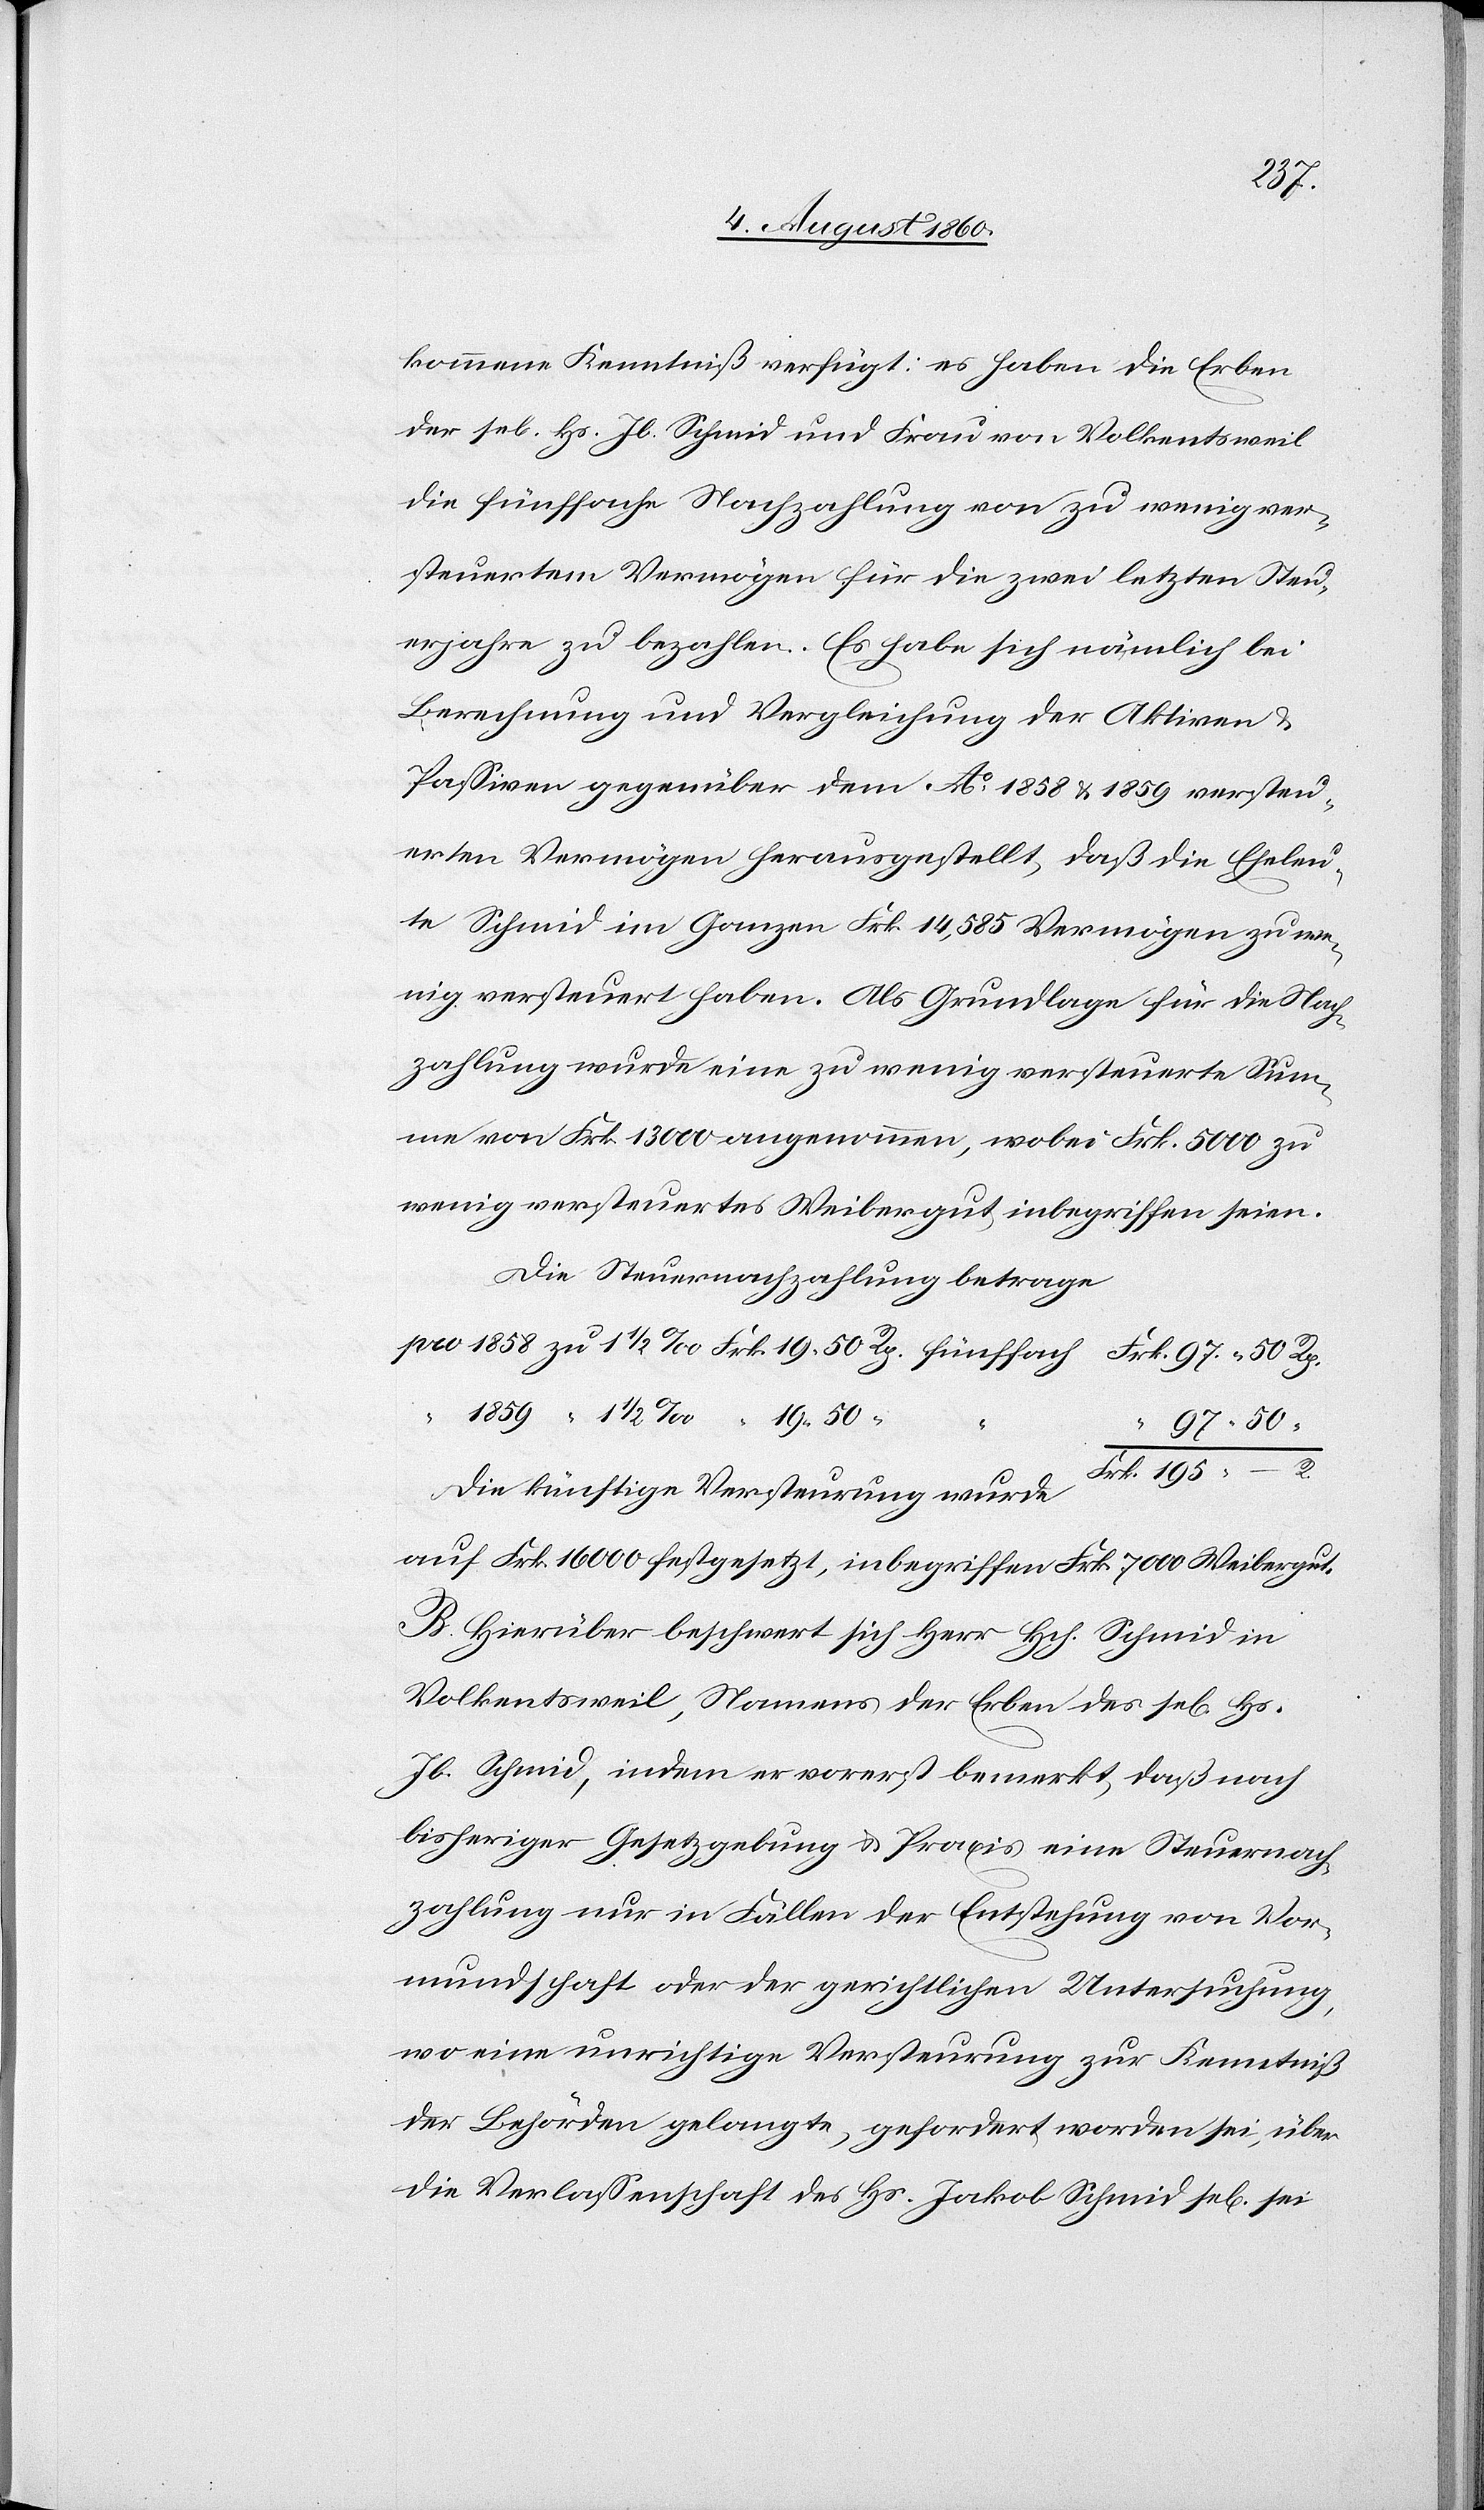
195.
kommende Kenntniss, verfügt: Es haben die Erben
der sel. Hs. Jb. Schmid u. Frau von Volkentsweil
die fünffache Nachzahlung von zu wenig ver¬
steuertem Vermögen für die zwei letztern Steu¬
erjahre zu bezahlen. Es habe sich nämlich bei
Berechnung und Vergleichung der Aktiven &
Passiven gegenüber dem Ao 1858 u. 1859 versteu¬
erten Vermögen herausgestellt, dass die Eheleu¬
te Schmid im Ganzen fcs. 14,585. Vermögen zu we¬
nig versteuert haben. Als Grundlage für die Nach¬
zahlung wurde eine zu wenig versteuerte Sum¬
me von fcs. 13,000 angenommen, wobei Fcs. 5000 zu
wenig versteuertes Weibergut inbegriffen seien.
Die Steuernachzahlung betrage
50.
Die künftige Versteurung wurde auf fcs.
B. Hierüber beschwert sich Hr. Hch. Schmid in
Volkentsweil, Namens der Erben des sel. Hs.
Jb. Schmid, indem er vorerst bemerkt, daß nach
bisheriger Gesetzgebung u. Praxis eine Steuernach¬
zahlung nur in Fällen der Entstehung von Vor¬
mundschaft oder der gerichtlichen Untersuchung,
wo eine unrichtige Versteurung zur Kenntniss
der Behörden gelangte, gefordert worden sei, über
die Verlassenschaft des Hs. Jakob Schmid sel. sei